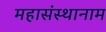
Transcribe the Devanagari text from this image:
महासंस्थानाम